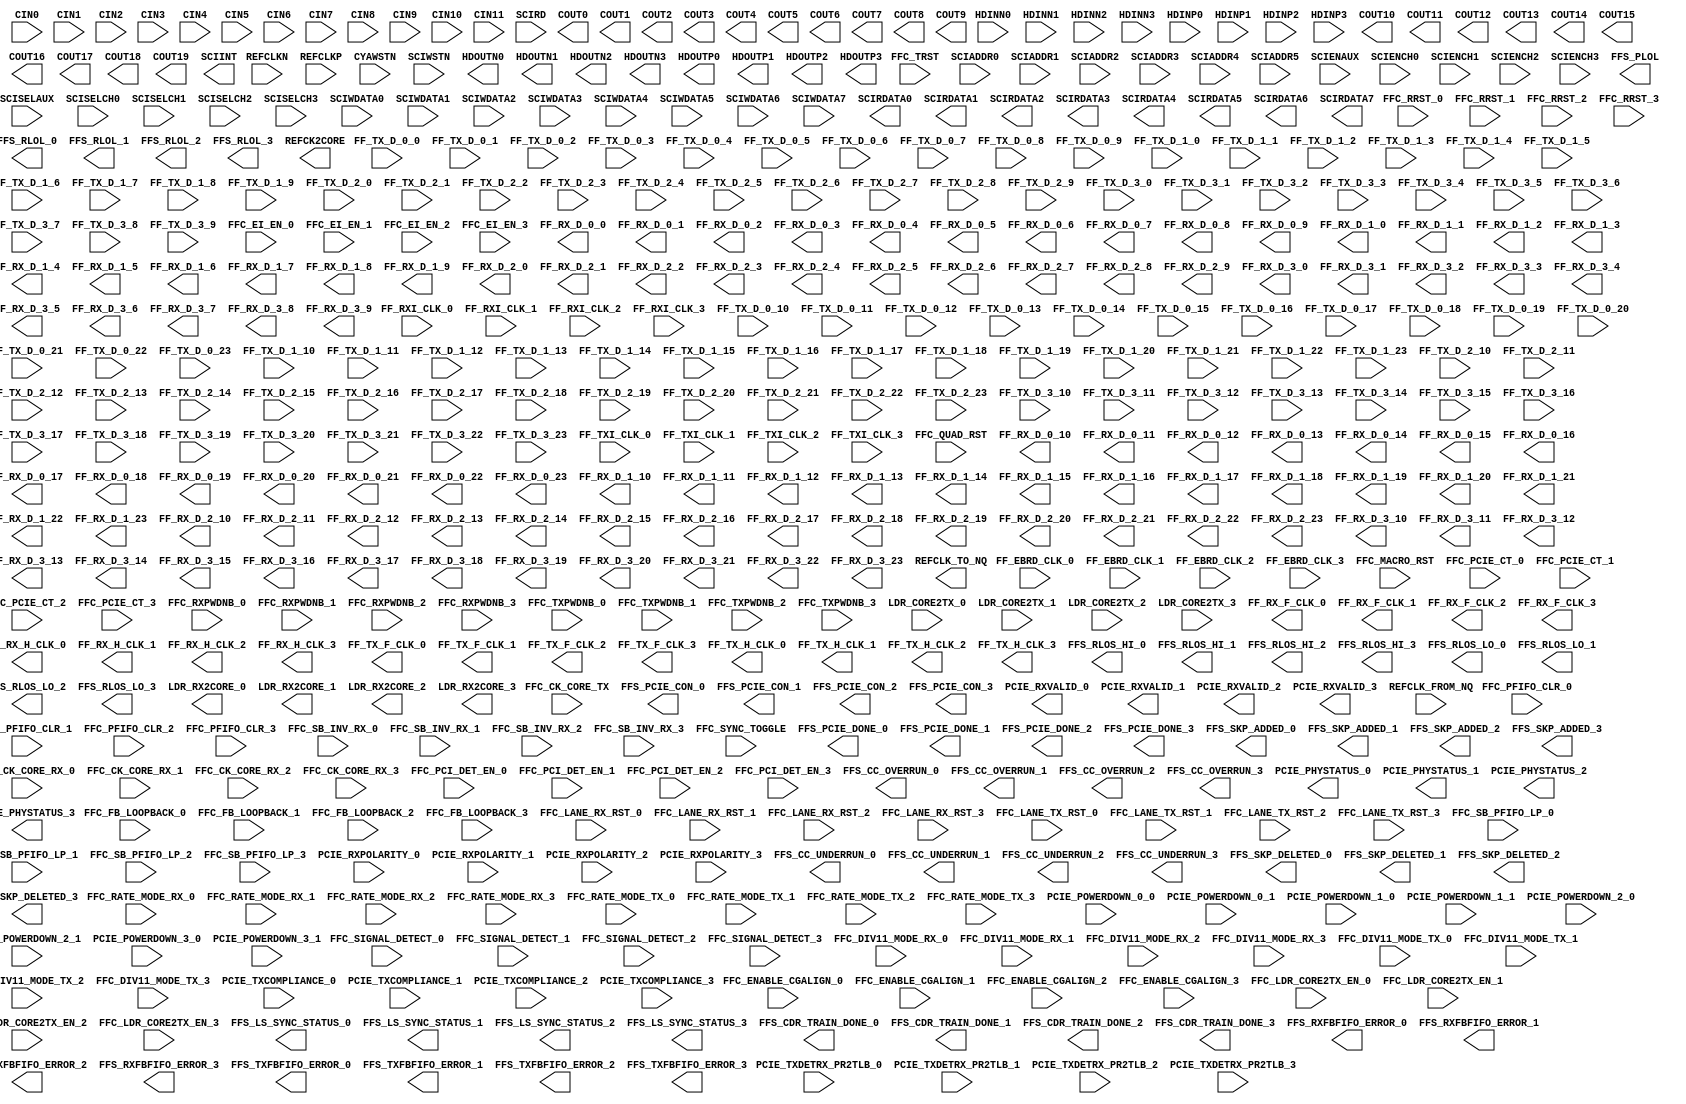
module PCSD (
    HDINN0,
    HDINN1,
    HDINN2,
    HDINN3,
    HDINP0,
    HDINP1,
    HDINP2,
    HDINP3,
    REFCLKN,
    REFCLKP,
    CIN0,
    CIN1,
    CIN2,
    CIN3,
    CIN4,
    CIN5,
    CIN6,
    CIN7,
    CIN8,
    CIN9,
    CIN10,
    CIN11,
    CYAWSTN,
    FF_EBRD_CLK_0,
    FF_EBRD_CLK_1,
    FF_EBRD_CLK_2,
    FF_EBRD_CLK_3,
    FF_RXI_CLK_0,
    FF_RXI_CLK_1,
    FF_RXI_CLK_2,
    FF_RXI_CLK_3,
    FF_TX_D_0_0,
    FF_TX_D_0_1,
    FF_TX_D_0_2,
    FF_TX_D_0_3,
    FF_TX_D_0_4,
    FF_TX_D_0_5,
    FF_TX_D_0_6,
    FF_TX_D_0_7,
    FF_TX_D_0_8,
    FF_TX_D_0_9,
    FF_TX_D_0_10,
    FF_TX_D_0_11,
    FF_TX_D_0_12,
    FF_TX_D_0_13,
    FF_TX_D_0_14,
    FF_TX_D_0_15,
    FF_TX_D_0_16,
    FF_TX_D_0_17,
    FF_TX_D_0_18,
    FF_TX_D_0_19,
    FF_TX_D_0_20,
    FF_TX_D_0_21,
    FF_TX_D_0_22,
    FF_TX_D_0_23,
    FF_TX_D_1_0,
    FF_TX_D_1_1,
    FF_TX_D_1_2,
    FF_TX_D_1_3,
    FF_TX_D_1_4,
    FF_TX_D_1_5,
    FF_TX_D_1_6,
    FF_TX_D_1_7,
    FF_TX_D_1_8,
    FF_TX_D_1_9,
    FF_TX_D_1_10,
    FF_TX_D_1_11,
    FF_TX_D_1_12,
    FF_TX_D_1_13,
    FF_TX_D_1_14,
    FF_TX_D_1_15,
    FF_TX_D_1_16,
    FF_TX_D_1_17,
    FF_TX_D_1_18,
    FF_TX_D_1_19,
    FF_TX_D_1_20,
    FF_TX_D_1_21,
    FF_TX_D_1_22,
    FF_TX_D_1_23,
    FF_TX_D_2_0,
    FF_TX_D_2_1,
    FF_TX_D_2_2,
    FF_TX_D_2_3,
    FF_TX_D_2_4,
    FF_TX_D_2_5,
    FF_TX_D_2_6,
    FF_TX_D_2_7,
    FF_TX_D_2_8,
    FF_TX_D_2_9,
    FF_TX_D_2_10,
    FF_TX_D_2_11,
    FF_TX_D_2_12,
    FF_TX_D_2_13,
    FF_TX_D_2_14,
    FF_TX_D_2_15,
    FF_TX_D_2_16,
    FF_TX_D_2_17,
    FF_TX_D_2_18,
    FF_TX_D_2_19,
    FF_TX_D_2_20,
    FF_TX_D_2_21,
    FF_TX_D_2_22,
    FF_TX_D_2_23,
    FF_TX_D_3_0,
    FF_TX_D_3_1,
    FF_TX_D_3_2,
    FF_TX_D_3_3,
    FF_TX_D_3_4,
    FF_TX_D_3_5,
    FF_TX_D_3_6,
    FF_TX_D_3_7,
    FF_TX_D_3_8,
    FF_TX_D_3_9,
    FF_TX_D_3_10,
    FF_TX_D_3_11,
    FF_TX_D_3_12,
    FF_TX_D_3_13,
    FF_TX_D_3_14,
    FF_TX_D_3_15,
    FF_TX_D_3_16,
    FF_TX_D_3_17,
    FF_TX_D_3_18,
    FF_TX_D_3_19,
    FF_TX_D_3_20,
    FF_TX_D_3_21,
    FF_TX_D_3_22,
    FF_TX_D_3_23,
    FF_TXI_CLK_0,
    FF_TXI_CLK_1,
    FF_TXI_CLK_2,
    FF_TXI_CLK_3,
    FFC_CK_CORE_RX_0,
    FFC_CK_CORE_RX_1,
    FFC_CK_CORE_RX_2,
    FFC_CK_CORE_RX_3,
    FFC_CK_CORE_TX,
    FFC_EI_EN_0,
    FFC_EI_EN_1,
    FFC_EI_EN_2,
    FFC_EI_EN_3,
    FFC_ENABLE_CGALIGN_0,
    FFC_ENABLE_CGALIGN_1,
    FFC_ENABLE_CGALIGN_2,
    FFC_ENABLE_CGALIGN_3,
    FFC_FB_LOOPBACK_0,
    FFC_FB_LOOPBACK_1,
    FFC_FB_LOOPBACK_2,
    FFC_FB_LOOPBACK_3,
    FFC_LANE_RX_RST_0,
    FFC_LANE_RX_RST_1,
    FFC_LANE_RX_RST_2,
    FFC_LANE_RX_RST_3,
    FFC_LANE_TX_RST_0,
    FFC_LANE_TX_RST_1,
    FFC_LANE_TX_RST_2,
    FFC_LANE_TX_RST_3,
    FFC_MACRO_RST,
    FFC_PCI_DET_EN_0,
    FFC_PCI_DET_EN_1,
    FFC_PCI_DET_EN_2,
    FFC_PCI_DET_EN_3,
    FFC_PCIE_CT_0,
    FFC_PCIE_CT_1,
    FFC_PCIE_CT_2,
    FFC_PCIE_CT_3,
    FFC_PFIFO_CLR_0,
    FFC_PFIFO_CLR_1,
    FFC_PFIFO_CLR_2,
    FFC_PFIFO_CLR_3,
    FFC_QUAD_RST,
    FFC_RRST_0,
    FFC_RRST_1,
    FFC_RRST_2,
    FFC_RRST_3,
    FFC_RXPWDNB_0,
    FFC_RXPWDNB_1,
    FFC_RXPWDNB_2,
    FFC_RXPWDNB_3,
    FFC_SB_INV_RX_0,
    FFC_SB_INV_RX_1,
    FFC_SB_INV_RX_2,
    FFC_SB_INV_RX_3,
    FFC_SB_PFIFO_LP_0,
    FFC_SB_PFIFO_LP_1,
    FFC_SB_PFIFO_LP_2,
    FFC_SB_PFIFO_LP_3,
    FFC_SIGNAL_DETECT_0,
    FFC_SIGNAL_DETECT_1,
    FFC_SIGNAL_DETECT_2,
    FFC_SIGNAL_DETECT_3,
    FFC_SYNC_TOGGLE,
    FFC_TRST,
    FFC_TXPWDNB_0,
    FFC_TXPWDNB_1,
    FFC_TXPWDNB_2,
    FFC_TXPWDNB_3,
    FFC_RATE_MODE_RX_0,
    FFC_RATE_MODE_RX_1,
    FFC_RATE_MODE_RX_2,
    FFC_RATE_MODE_RX_3,
    FFC_RATE_MODE_TX_0,
    FFC_RATE_MODE_TX_1,
    FFC_RATE_MODE_TX_2,
    FFC_RATE_MODE_TX_3,
    FFC_DIV11_MODE_RX_0,
    FFC_DIV11_MODE_RX_1,
    FFC_DIV11_MODE_RX_2,
    FFC_DIV11_MODE_RX_3,
    FFC_DIV11_MODE_TX_0,
    FFC_DIV11_MODE_TX_1,
    FFC_DIV11_MODE_TX_2,
    FFC_DIV11_MODE_TX_3,
    LDR_CORE2TX_0,
    LDR_CORE2TX_1,
    LDR_CORE2TX_2,
    LDR_CORE2TX_3,
    FFC_LDR_CORE2TX_EN_0,
    FFC_LDR_CORE2TX_EN_1,
    FFC_LDR_CORE2TX_EN_2,
    FFC_LDR_CORE2TX_EN_3,
    PCIE_POWERDOWN_0_0,
    PCIE_POWERDOWN_0_1,
    PCIE_POWERDOWN_1_0,
    PCIE_POWERDOWN_1_1,
    PCIE_POWERDOWN_2_0,
    PCIE_POWERDOWN_2_1,
    PCIE_POWERDOWN_3_0,
    PCIE_POWERDOWN_3_1,
    PCIE_RXPOLARITY_0,
    PCIE_RXPOLARITY_1,
    PCIE_RXPOLARITY_2,
    PCIE_RXPOLARITY_3,
    PCIE_TXCOMPLIANCE_0,
    PCIE_TXCOMPLIANCE_1,
    PCIE_TXCOMPLIANCE_2,
    PCIE_TXCOMPLIANCE_3,
    PCIE_TXDETRX_PR2TLB_0,
    PCIE_TXDETRX_PR2TLB_1,
    PCIE_TXDETRX_PR2TLB_2,
    PCIE_TXDETRX_PR2TLB_3,
    SCIADDR0,
    SCIADDR1,
    SCIADDR2,
    SCIADDR3,
    SCIADDR4,
    SCIADDR5,
    SCIENAUX,
    SCIENCH0,
    SCIENCH1,
    SCIENCH2,
    SCIENCH3,
    SCIRD,
    SCISELAUX,
    SCISELCH0,
    SCISELCH1,
    SCISELCH2,
    SCISELCH3,
    SCIWDATA0,
    SCIWDATA1,
    SCIWDATA2,
    SCIWDATA3,
    SCIWDATA4,
    SCIWDATA5,
    SCIWDATA6,
    SCIWDATA7,
    SCIWSTN,
    HDOUTN0,
    HDOUTN1,
    HDOUTN2,
    HDOUTN3,
    HDOUTP0,
    HDOUTP1,
    HDOUTP2,
    HDOUTP3,
    COUT0,
    COUT1,
    COUT2,
    COUT3,
    COUT4,
    COUT5,
    COUT6,
    COUT7,
    COUT8,
    COUT9,
    COUT10,
    COUT11,
    COUT12,
    COUT13,
    COUT14,
    COUT15,
    COUT16,
    COUT17,
    COUT18,
    COUT19,
    FF_RX_D_0_0,
    FF_RX_D_0_1,
    FF_RX_D_0_2,
    FF_RX_D_0_3,
    FF_RX_D_0_4,
    FF_RX_D_0_5,
    FF_RX_D_0_6,
    FF_RX_D_0_7,
    FF_RX_D_0_8,
    FF_RX_D_0_9,
    FF_RX_D_0_10,
    FF_RX_D_0_11,
    FF_RX_D_0_12,
    FF_RX_D_0_13,
    FF_RX_D_0_14,
    FF_RX_D_0_15,
    FF_RX_D_0_16,
    FF_RX_D_0_17,
    FF_RX_D_0_18,
    FF_RX_D_0_19,
    FF_RX_D_0_20,
    FF_RX_D_0_21,
    FF_RX_D_0_22,
    FF_RX_D_0_23,
    FF_RX_D_1_0,
    FF_RX_D_1_1,
    FF_RX_D_1_2,
    FF_RX_D_1_3,
    FF_RX_D_1_4,
    FF_RX_D_1_5,
    FF_RX_D_1_6,
    FF_RX_D_1_7,
    FF_RX_D_1_8,
    FF_RX_D_1_9,
    FF_RX_D_1_10,
    FF_RX_D_1_11,
    FF_RX_D_1_12,
    FF_RX_D_1_13,
    FF_RX_D_1_14,
    FF_RX_D_1_15,
    FF_RX_D_1_16,
    FF_RX_D_1_17,
    FF_RX_D_1_18,
    FF_RX_D_1_19,
    FF_RX_D_1_20,
    FF_RX_D_1_21,
    FF_RX_D_1_22,
    FF_RX_D_1_23,
    FF_RX_D_2_0,
    FF_RX_D_2_1,
    FF_RX_D_2_2,
    FF_RX_D_2_3,
    FF_RX_D_2_4,
    FF_RX_D_2_5,
    FF_RX_D_2_6,
    FF_RX_D_2_7,
    FF_RX_D_2_8,
    FF_RX_D_2_9,
    FF_RX_D_2_10,
    FF_RX_D_2_11,
    FF_RX_D_2_12,
    FF_RX_D_2_13,
    FF_RX_D_2_14,
    FF_RX_D_2_15,
    FF_RX_D_2_16,
    FF_RX_D_2_17,
    FF_RX_D_2_18,
    FF_RX_D_2_19,
    FF_RX_D_2_20,
    FF_RX_D_2_21,
    FF_RX_D_2_22,
    FF_RX_D_2_23,
    FF_RX_D_3_0,
    FF_RX_D_3_1,
    FF_RX_D_3_2,
    FF_RX_D_3_3,
    FF_RX_D_3_4,
    FF_RX_D_3_5,
    FF_RX_D_3_6,
    FF_RX_D_3_7,
    FF_RX_D_3_8,
    FF_RX_D_3_9,
    FF_RX_D_3_10,
    FF_RX_D_3_11,
    FF_RX_D_3_12,
    FF_RX_D_3_13,
    FF_RX_D_3_14,
    FF_RX_D_3_15,
    FF_RX_D_3_16,
    FF_RX_D_3_17,
    FF_RX_D_3_18,
    FF_RX_D_3_19,
    FF_RX_D_3_20,
    FF_RX_D_3_21,
    FF_RX_D_3_22,
    FF_RX_D_3_23,
    FF_RX_F_CLK_0,
    FF_RX_F_CLK_1,
    FF_RX_F_CLK_2,
    FF_RX_F_CLK_3,
    FF_RX_H_CLK_0,
    FF_RX_H_CLK_1,
    FF_RX_H_CLK_2,
    FF_RX_H_CLK_3,
    FF_TX_F_CLK_0,
    FF_TX_F_CLK_1,
    FF_TX_F_CLK_2,
    FF_TX_F_CLK_3,
    FF_TX_H_CLK_0,
    FF_TX_H_CLK_1,
    FF_TX_H_CLK_2,
    FF_TX_H_CLK_3,

    FFS_CC_OVERRUN_0,
    FFS_CC_OVERRUN_1,
    FFS_CC_OVERRUN_2,
    FFS_CC_OVERRUN_3,
    FFS_CC_UNDERRUN_0,
    FFS_CC_UNDERRUN_1,
    FFS_CC_UNDERRUN_2,
    FFS_CC_UNDERRUN_3,
    FFS_LS_SYNC_STATUS_0,
    FFS_LS_SYNC_STATUS_1,
    FFS_LS_SYNC_STATUS_2,
    FFS_LS_SYNC_STATUS_3,
    FFS_CDR_TRAIN_DONE_0,
    FFS_CDR_TRAIN_DONE_1,
    FFS_CDR_TRAIN_DONE_2,
    FFS_CDR_TRAIN_DONE_3,
    FFS_PCIE_CON_0,
    FFS_PCIE_CON_1,
    FFS_PCIE_CON_2,
    FFS_PCIE_CON_3,
    FFS_PCIE_DONE_0,
    FFS_PCIE_DONE_1,
    FFS_PCIE_DONE_2,
    FFS_PCIE_DONE_3,
    FFS_PLOL,
    FFS_RLOL_0,
    FFS_RLOL_1,
    FFS_RLOL_2,
    FFS_RLOL_3,
    FFS_RLOS_HI_0,
    FFS_RLOS_HI_1,
    FFS_RLOS_HI_2,
    FFS_RLOS_HI_3,
    FFS_RLOS_LO_0,
    FFS_RLOS_LO_1,
    FFS_RLOS_LO_2,
    FFS_RLOS_LO_3,
    FFS_RXFBFIFO_ERROR_0,
    FFS_RXFBFIFO_ERROR_1,
    FFS_RXFBFIFO_ERROR_2,
    FFS_RXFBFIFO_ERROR_3,
    FFS_TXFBFIFO_ERROR_0,
    FFS_TXFBFIFO_ERROR_1,
    FFS_TXFBFIFO_ERROR_2,
    FFS_TXFBFIFO_ERROR_3,
    PCIE_PHYSTATUS_0,
    PCIE_PHYSTATUS_1,
    PCIE_PHYSTATUS_2,
    PCIE_PHYSTATUS_3,
    PCIE_RXVALID_0,
    PCIE_RXVALID_1,
    PCIE_RXVALID_2,
    PCIE_RXVALID_3,
    FFS_SKP_ADDED_0,
    FFS_SKP_ADDED_1,
    FFS_SKP_ADDED_2,
    FFS_SKP_ADDED_3,
    FFS_SKP_DELETED_0,
    FFS_SKP_DELETED_1,
    FFS_SKP_DELETED_2,
    FFS_SKP_DELETED_3,
    LDR_RX2CORE_0,
    LDR_RX2CORE_1,
    LDR_RX2CORE_2,
    LDR_RX2CORE_3,
    REFCK2CORE,
    SCIINT,
    SCIRDATA0,
    SCIRDATA1,
    SCIRDATA2,
    SCIRDATA3,
    SCIRDATA4,
    SCIRDATA5,
    SCIRDATA6,
    SCIRDATA7,
    REFCLK_FROM_NQ,
    REFCLK_TO_NQ
    ) /* synthesis syn_black_box black_box_pad_pin = "HDINP0, HDINN0, HDINP1, HDINN1, HDINP2, HDINN2, HDINP3, HDINN3, HDOUTP0, HDOUTN0, HDOUTP1, HDOUTN1, HDOUTP2, HDOUTN2, HDOUTP3, HDOUTN3, REFCLKP, REFCLKN" */ ;

input           HDINN0;
input           HDINN1;
input           HDINN2;
input           HDINN3;
input           HDINP0;
input           HDINP1;
input           HDINP2;
input           HDINP3;
input           REFCLKN;
input           REFCLKP;
input           CIN0;
input           CIN1;
input           CIN2;
input           CIN3;
input           CIN4;
input           CIN5;
input           CIN6;
input           CIN7;
input           CIN8;
input           CIN9;
input           CIN10;
input           CIN11;
input           CYAWSTN;
input           FF_EBRD_CLK_0;
input           FF_EBRD_CLK_1;
input           FF_EBRD_CLK_2;
input           FF_EBRD_CLK_3;
input           FF_RXI_CLK_0;
input           FF_RXI_CLK_1;
input           FF_RXI_CLK_2;
input           FF_RXI_CLK_3;
input           FF_TX_D_0_0;
input           FF_TX_D_0_1;
input           FF_TX_D_0_2;
input           FF_TX_D_0_3;
input           FF_TX_D_0_4;
input           FF_TX_D_0_5;
input           FF_TX_D_0_6;
input           FF_TX_D_0_7;
input           FF_TX_D_0_8;
input           FF_TX_D_0_9;
input           FF_TX_D_0_10;
input           FF_TX_D_0_11;
input           FF_TX_D_0_12;
input           FF_TX_D_0_13;
input           FF_TX_D_0_14;
input           FF_TX_D_0_15;
input           FF_TX_D_0_16;
input           FF_TX_D_0_17;
input           FF_TX_D_0_18;
input           FF_TX_D_0_19;
input           FF_TX_D_0_20;
input           FF_TX_D_0_21;
input           FF_TX_D_0_22;
input           FF_TX_D_0_23;
input           FF_TX_D_1_0;
input           FF_TX_D_1_1;
input           FF_TX_D_1_2;
input           FF_TX_D_1_3;
input           FF_TX_D_1_4;
input           FF_TX_D_1_5;
input           FF_TX_D_1_6;
input           FF_TX_D_1_7;
input           FF_TX_D_1_8;
input           FF_TX_D_1_9;
input           FF_TX_D_1_10;
input           FF_TX_D_1_11;
input           FF_TX_D_1_12;
input           FF_TX_D_1_13;
input           FF_TX_D_1_14;
input           FF_TX_D_1_15;
input           FF_TX_D_1_16;
input           FF_TX_D_1_17;
input           FF_TX_D_1_18;
input           FF_TX_D_1_19;
input           FF_TX_D_1_20;
input           FF_TX_D_1_21;
input           FF_TX_D_1_22;
input           FF_TX_D_1_23;
input           FF_TX_D_2_0;
input           FF_TX_D_2_1;
input           FF_TX_D_2_2;
input           FF_TX_D_2_3;
input           FF_TX_D_2_4;
input           FF_TX_D_2_5;
input           FF_TX_D_2_6;
input           FF_TX_D_2_7;
input           FF_TX_D_2_8;
input           FF_TX_D_2_9;
input           FF_TX_D_2_10;
input           FF_TX_D_2_11;
input           FF_TX_D_2_12;
input           FF_TX_D_2_13;
input           FF_TX_D_2_14;
input           FF_TX_D_2_15;
input           FF_TX_D_2_16;
input           FF_TX_D_2_17;
input           FF_TX_D_2_18;
input           FF_TX_D_2_19;
input           FF_TX_D_2_20;
input           FF_TX_D_2_21;
input           FF_TX_D_2_22;
input           FF_TX_D_2_23;
input           FF_TX_D_3_0;
input           FF_TX_D_3_1;
input           FF_TX_D_3_2;
input           FF_TX_D_3_3;
input           FF_TX_D_3_4;
input           FF_TX_D_3_5;
input           FF_TX_D_3_6;
input           FF_TX_D_3_7;
input           FF_TX_D_3_8;
input           FF_TX_D_3_9;
input           FF_TX_D_3_10;
input           FF_TX_D_3_11;
input           FF_TX_D_3_12;
input           FF_TX_D_3_13;
input           FF_TX_D_3_14;
input           FF_TX_D_3_15;
input           FF_TX_D_3_16;
input           FF_TX_D_3_17;
input           FF_TX_D_3_18;
input           FF_TX_D_3_19;
input           FF_TX_D_3_20;
input           FF_TX_D_3_21;
input           FF_TX_D_3_22;
input           FF_TX_D_3_23;
input           FF_TXI_CLK_0;
input           FF_TXI_CLK_1;
input           FF_TXI_CLK_2;
input           FF_TXI_CLK_3;
input           FFC_CK_CORE_RX_0;
input           FFC_CK_CORE_RX_1;
input           FFC_CK_CORE_RX_2;
input           FFC_CK_CORE_RX_3;
input           FFC_CK_CORE_TX;
input           FFC_EI_EN_0;
input           FFC_EI_EN_1;
input           FFC_EI_EN_2;
input           FFC_EI_EN_3;
input           FFC_ENABLE_CGALIGN_0;
input           FFC_ENABLE_CGALIGN_1;
input           FFC_ENABLE_CGALIGN_2;
input           FFC_ENABLE_CGALIGN_3;
input           FFC_FB_LOOPBACK_0;
input           FFC_FB_LOOPBACK_1;
input           FFC_FB_LOOPBACK_2;
input           FFC_FB_LOOPBACK_3;
input           FFC_LANE_RX_RST_0;
input           FFC_LANE_RX_RST_1;
input           FFC_LANE_RX_RST_2;
input           FFC_LANE_RX_RST_3;
input           FFC_LANE_TX_RST_0;
input           FFC_LANE_TX_RST_1;
input           FFC_LANE_TX_RST_2;
input           FFC_LANE_TX_RST_3;
input           FFC_MACRO_RST;
input           FFC_PCI_DET_EN_0;
input           FFC_PCI_DET_EN_1;
input           FFC_PCI_DET_EN_2;
input           FFC_PCI_DET_EN_3;
input           FFC_PCIE_CT_0;
input           FFC_PCIE_CT_1;
input           FFC_PCIE_CT_2;
input           FFC_PCIE_CT_3;
input           FFC_PFIFO_CLR_0;
input           FFC_PFIFO_CLR_1;
input           FFC_PFIFO_CLR_2;
input           FFC_PFIFO_CLR_3;
input           FFC_QUAD_RST;
input           FFC_RRST_0;
input           FFC_RRST_1;
input           FFC_RRST_2;
input           FFC_RRST_3;
input           FFC_RXPWDNB_0;
input           FFC_RXPWDNB_1;
input           FFC_RXPWDNB_2;
input           FFC_RXPWDNB_3;
input           FFC_SB_INV_RX_0;
input           FFC_SB_INV_RX_1;
input           FFC_SB_INV_RX_2;
input           FFC_SB_INV_RX_3;
input           FFC_SB_PFIFO_LP_0;
input           FFC_SB_PFIFO_LP_1;
input           FFC_SB_PFIFO_LP_2;
input           FFC_SB_PFIFO_LP_3;
input           FFC_SIGNAL_DETECT_0;
input           FFC_SIGNAL_DETECT_1;
input           FFC_SIGNAL_DETECT_2;
input           FFC_SIGNAL_DETECT_3;
input           FFC_SYNC_TOGGLE;
input           FFC_TRST;
input           FFC_TXPWDNB_0;
input           FFC_TXPWDNB_1;
input           FFC_TXPWDNB_2;
input           FFC_TXPWDNB_3;
input           FFC_RATE_MODE_RX_0;
input           FFC_RATE_MODE_RX_1;
input           FFC_RATE_MODE_RX_2;
input           FFC_RATE_MODE_RX_3;
input           FFC_RATE_MODE_TX_0;
input           FFC_RATE_MODE_TX_1;
input           FFC_RATE_MODE_TX_2;
input           FFC_RATE_MODE_TX_3;
input           FFC_DIV11_MODE_RX_0;
input           FFC_DIV11_MODE_RX_1;
input           FFC_DIV11_MODE_RX_2;
input           FFC_DIV11_MODE_RX_3;
input           FFC_DIV11_MODE_TX_0;
input           FFC_DIV11_MODE_TX_1;
input           FFC_DIV11_MODE_TX_2;
input           FFC_DIV11_MODE_TX_3;
input           LDR_CORE2TX_0;
input           LDR_CORE2TX_1;
input           LDR_CORE2TX_2;
input           LDR_CORE2TX_3;
input           FFC_LDR_CORE2TX_EN_0;
input           FFC_LDR_CORE2TX_EN_1;
input           FFC_LDR_CORE2TX_EN_2;
input           FFC_LDR_CORE2TX_EN_3;
input           PCIE_POWERDOWN_0_0;
input           PCIE_POWERDOWN_0_1;
input           PCIE_POWERDOWN_1_0;
input           PCIE_POWERDOWN_1_1;
input           PCIE_POWERDOWN_2_0;
input           PCIE_POWERDOWN_2_1;
input           PCIE_POWERDOWN_3_0;
input           PCIE_POWERDOWN_3_1;
input           PCIE_RXPOLARITY_0;
input           PCIE_RXPOLARITY_1;
input           PCIE_RXPOLARITY_2;
input           PCIE_RXPOLARITY_3;
input           PCIE_TXCOMPLIANCE_0;
input           PCIE_TXCOMPLIANCE_1;
input           PCIE_TXCOMPLIANCE_2;
input           PCIE_TXCOMPLIANCE_3;
input           PCIE_TXDETRX_PR2TLB_0;
input           PCIE_TXDETRX_PR2TLB_1;
input           PCIE_TXDETRX_PR2TLB_2;
input           PCIE_TXDETRX_PR2TLB_3;
input           SCIADDR0;
input           SCIADDR1;
input           SCIADDR2;
input           SCIADDR3;
input           SCIADDR4;
input           SCIADDR5;
input           SCIENAUX;
input           SCIENCH0;
input           SCIENCH1;
input           SCIENCH2;
input           SCIENCH3;
input           SCIRD;
input           SCISELAUX;
input           SCISELCH0;
input           SCISELCH1;
input           SCISELCH2;
input           SCISELCH3;
input           SCIWDATA0;
input           SCIWDATA1;
input           SCIWDATA2;
input           SCIWDATA3;
input           SCIWDATA4;
input           SCIWDATA5;
input           SCIWDATA6;
input           SCIWDATA7;
input           SCIWSTN;
input           REFCLK_FROM_NQ;

output          HDOUTN0;
output          HDOUTN1;
output          HDOUTN2;
output          HDOUTN3;
output          HDOUTP0;
output          HDOUTP1;
output          HDOUTP2;
output          HDOUTP3;
output          COUT0;
output          COUT1;
output          COUT2;
output          COUT3;
output          COUT4;
output          COUT5;
output          COUT6;
output          COUT7;
output          COUT8;
output          COUT9;
output          COUT10;
output          COUT11;
output          COUT12;
output          COUT13;
output          COUT14;
output          COUT15;
output          COUT16;
output          COUT17;
output          COUT18;
output          COUT19;
output          FF_RX_D_0_0;
output          FF_RX_D_0_1;
output          FF_RX_D_0_2;
output          FF_RX_D_0_3;
output          FF_RX_D_0_4;
output          FF_RX_D_0_5;
output          FF_RX_D_0_6;
output          FF_RX_D_0_7;
output          FF_RX_D_0_8;
output          FF_RX_D_0_9;
output          FF_RX_D_0_10;
output          FF_RX_D_0_11;
output          FF_RX_D_0_12;
output          FF_RX_D_0_13;
output          FF_RX_D_0_14;
output          FF_RX_D_0_15;
output          FF_RX_D_0_16;
output          FF_RX_D_0_17;
output          FF_RX_D_0_18;
output          FF_RX_D_0_19;
output          FF_RX_D_0_20;
output          FF_RX_D_0_21;
output          FF_RX_D_0_22;
output          FF_RX_D_0_23;
output          FF_RX_D_1_0;
output          FF_RX_D_1_1;
output          FF_RX_D_1_2;
output          FF_RX_D_1_3;
output          FF_RX_D_1_4;
output          FF_RX_D_1_5;
output          FF_RX_D_1_6;
output          FF_RX_D_1_7;
output          FF_RX_D_1_8;
output          FF_RX_D_1_9;
output          FF_RX_D_1_10;
output          FF_RX_D_1_11;
output          FF_RX_D_1_12;
output          FF_RX_D_1_13;
output          FF_RX_D_1_14;
output          FF_RX_D_1_15;
output          FF_RX_D_1_16;
output          FF_RX_D_1_17;
output          FF_RX_D_1_18;
output          FF_RX_D_1_19;
output          FF_RX_D_1_20;
output          FF_RX_D_1_21;
output          FF_RX_D_1_22;
output          FF_RX_D_1_23;
output          FF_RX_D_2_0;
output          FF_RX_D_2_1;
output          FF_RX_D_2_2;
output          FF_RX_D_2_3;
output          FF_RX_D_2_4;
output          FF_RX_D_2_5;
output          FF_RX_D_2_6;
output          FF_RX_D_2_7;
output          FF_RX_D_2_8;
output          FF_RX_D_2_9;
output          FF_RX_D_2_10;
output          FF_RX_D_2_11;
output          FF_RX_D_2_12;
output          FF_RX_D_2_13;
output          FF_RX_D_2_14;
output          FF_RX_D_2_15;
output          FF_RX_D_2_16;
output          FF_RX_D_2_17;
output          FF_RX_D_2_18;
output          FF_RX_D_2_19;
output          FF_RX_D_2_20;
output          FF_RX_D_2_21;
output          FF_RX_D_2_22;
output          FF_RX_D_2_23;
output          FF_RX_D_3_0;
output          FF_RX_D_3_1;
output          FF_RX_D_3_2;
output          FF_RX_D_3_3;
output          FF_RX_D_3_4;
output          FF_RX_D_3_5;
output          FF_RX_D_3_6;
output          FF_RX_D_3_7;
output          FF_RX_D_3_8;
output          FF_RX_D_3_9;
output          FF_RX_D_3_10;
output          FF_RX_D_3_11;
output          FF_RX_D_3_12;
output          FF_RX_D_3_13;
output          FF_RX_D_3_14;
output          FF_RX_D_3_15;
output          FF_RX_D_3_16;
output          FF_RX_D_3_17;
output          FF_RX_D_3_18;
output          FF_RX_D_3_19;
output          FF_RX_D_3_20;
output          FF_RX_D_3_21;
output          FF_RX_D_3_22;
output          FF_RX_D_3_23;
output          FF_RX_F_CLK_0;
output          FF_RX_F_CLK_1;
output          FF_RX_F_CLK_2;
output          FF_RX_F_CLK_3;
output          FF_RX_H_CLK_0;
output          FF_RX_H_CLK_1;
output          FF_RX_H_CLK_2;
output          FF_RX_H_CLK_3;
output          FF_TX_F_CLK_0;
output          FF_TX_F_CLK_1;
output          FF_TX_F_CLK_2;
output          FF_TX_F_CLK_3;
output          FF_TX_H_CLK_0;
output          FF_TX_H_CLK_1;
output          FF_TX_H_CLK_2;
output          FF_TX_H_CLK_3;
output          FFS_CC_OVERRUN_0;
output          FFS_CC_OVERRUN_1;
output          FFS_CC_OVERRUN_2;
output          FFS_CC_OVERRUN_3;
output          FFS_CC_UNDERRUN_0;
output          FFS_CC_UNDERRUN_1;
output          FFS_CC_UNDERRUN_2;
output          FFS_CC_UNDERRUN_3;
output          FFS_LS_SYNC_STATUS_0;
output          FFS_LS_SYNC_STATUS_1;
output          FFS_LS_SYNC_STATUS_2;
output          FFS_LS_SYNC_STATUS_3;
output          FFS_CDR_TRAIN_DONE_0;
output          FFS_CDR_TRAIN_DONE_1;
output          FFS_CDR_TRAIN_DONE_2;
output          FFS_CDR_TRAIN_DONE_3;
output          FFS_PCIE_CON_0;
output          FFS_PCIE_CON_1;
output          FFS_PCIE_CON_2;
output          FFS_PCIE_CON_3;
output          FFS_PCIE_DONE_0;
output          FFS_PCIE_DONE_1;
output          FFS_PCIE_DONE_2;
output          FFS_PCIE_DONE_3;
output          FFS_PLOL;
output          FFS_RLOL_0;
output          FFS_RLOL_1;
output          FFS_RLOL_2;
output          FFS_RLOL_3;
output          FFS_RLOS_HI_0;
output          FFS_RLOS_HI_1;
output          FFS_RLOS_HI_2;
output          FFS_RLOS_HI_3;
output          FFS_RLOS_LO_0;
output          FFS_RLOS_LO_1;
output          FFS_RLOS_LO_2;
output          FFS_RLOS_LO_3;
output          FFS_RXFBFIFO_ERROR_0;
output          FFS_RXFBFIFO_ERROR_1;
output          FFS_RXFBFIFO_ERROR_2;
output          FFS_RXFBFIFO_ERROR_3;
output          FFS_TXFBFIFO_ERROR_0;
output          FFS_TXFBFIFO_ERROR_1;
output          FFS_TXFBFIFO_ERROR_2;
output          FFS_TXFBFIFO_ERROR_3;
output          PCIE_PHYSTATUS_0;
output          PCIE_PHYSTATUS_1;
output          PCIE_PHYSTATUS_2;
output          PCIE_PHYSTATUS_3;
output          PCIE_RXVALID_0;
output          PCIE_RXVALID_1;
output          PCIE_RXVALID_2;
output          PCIE_RXVALID_3;
output          FFS_SKP_ADDED_0;
output          FFS_SKP_ADDED_1;
output          FFS_SKP_ADDED_2;
output          FFS_SKP_ADDED_3;
output          FFS_SKP_DELETED_0;
output          FFS_SKP_DELETED_1;
output          FFS_SKP_DELETED_2;
output          FFS_SKP_DELETED_3;
output          LDR_RX2CORE_0;
output          LDR_RX2CORE_1;
output          LDR_RX2CORE_2;
output          LDR_RX2CORE_3;
output          REFCK2CORE;
output          SCIINT;
output          SCIRDATA0;
output          SCIRDATA1;
output          SCIRDATA2;
output          SCIRDATA3;
output          SCIRDATA4;
output          SCIRDATA5;
output          SCIRDATA6;
output          SCIRDATA7;
output          REFCLK_TO_NQ;

//synopsys translate_off

parameter CONFIG_FILE = "configfile.txt";
parameter QUAD_MODE = "SINGLE";
parameter PLL_SRC = "REFCLK_EXT";
parameter CH0_CDR_SRC = "REFCLK_EXT";
parameter CH1_CDR_SRC = "REFCLK_EXT";
parameter CH2_CDR_SRC = "REFCLK_EXT";
parameter CH3_CDR_SRC = "REFCLK_EXT";

  defparam PCSD_sim_inst.CONFIG_FILE = CONFIG_FILE;
  defparam PCSD_sim_inst.QUAD_MODE = QUAD_MODE;
  defparam PCSD_sim_inst.PLL_SRC = PLL_SRC;
  defparam PCSD_sim_inst.CH0_CDR_SRC = CH0_CDR_SRC;
  defparam PCSD_sim_inst.CH1_CDR_SRC = CH1_CDR_SRC;
  defparam PCSD_sim_inst.CH2_CDR_SRC = CH2_CDR_SRC;
  defparam PCSD_sim_inst.CH3_CDR_SRC = CH3_CDR_SRC;

 PCSD_sim PCSD_sim_inst (
   .HDINN0(HDINN0),
   .HDINN1(HDINN1),
   .HDINN2(HDINN2),
   .HDINN3(HDINN3),
   .HDINP0(HDINP0),
   .HDINP1(HDINP1),
   .HDINP2(HDINP2),
   .HDINP3(HDINP3),
   .REFCLKN(REFCLKN),
   .REFCLKP(REFCLKP),
   .CIN11(CIN11),
   .CIN10(CIN10),
   .CIN9(CIN9),
   .CIN8(CIN8),
   .CIN7(CIN7),
   .CIN6(CIN6),
   .CIN5(CIN5),
   .CIN4(CIN4),
   .CIN3(CIN3),
   .CIN2(CIN2),
   .CIN1(CIN1),
   .CIN0(CIN0),
   .CYAWSTN(CYAWSTN),
   .FF_EBRD_CLK_3(FF_EBRD_CLK_3),
   .FF_EBRD_CLK_2(FF_EBRD_CLK_2),
   .FF_EBRD_CLK_1(FF_EBRD_CLK_1),
   .FF_EBRD_CLK_0(FF_EBRD_CLK_0),
   .FF_RXI_CLK_3(FF_RXI_CLK_3),
   .FF_RXI_CLK_2(FF_RXI_CLK_2),
   .FF_RXI_CLK_1(FF_RXI_CLK_1),
   .FF_RXI_CLK_0(FF_RXI_CLK_0),
   .FF_TX_D_0_0(FF_TX_D_0_0),
   .FF_TX_D_0_1(FF_TX_D_0_1),
   .FF_TX_D_0_2(FF_TX_D_0_2),
   .FF_TX_D_0_3(FF_TX_D_0_3),
   .FF_TX_D_0_4(FF_TX_D_0_4),
   .FF_TX_D_0_5(FF_TX_D_0_5),
   .FF_TX_D_0_6(FF_TX_D_0_6),
   .FF_TX_D_0_7(FF_TX_D_0_7),
   .FF_TX_D_0_8(FF_TX_D_0_8),
   .FF_TX_D_0_9(FF_TX_D_0_9),
   .FF_TX_D_0_10(FF_TX_D_0_10),
   .FF_TX_D_0_11(FF_TX_D_0_11),
   .FF_TX_D_0_12(FF_TX_D_0_12),
   .FF_TX_D_0_13(FF_TX_D_0_13),
   .FF_TX_D_0_14(FF_TX_D_0_14),
   .FF_TX_D_0_15(FF_TX_D_0_15),
   .FF_TX_D_0_16(FF_TX_D_0_16),
   .FF_TX_D_0_17(FF_TX_D_0_17),
   .FF_TX_D_0_18(FF_TX_D_0_18),
   .FF_TX_D_0_19(FF_TX_D_0_19),
   .FF_TX_D_0_20(FF_TX_D_0_20),
   .FF_TX_D_0_21(FF_TX_D_0_21),
   .FF_TX_D_0_22(FF_TX_D_0_22),
   .FF_TX_D_0_23(FF_TX_D_0_23),
   .FF_TX_D_1_0(FF_TX_D_1_0),
   .FF_TX_D_1_1(FF_TX_D_1_1),
   .FF_TX_D_1_2(FF_TX_D_1_2),
   .FF_TX_D_1_3(FF_TX_D_1_3),
   .FF_TX_D_1_4(FF_TX_D_1_4),
   .FF_TX_D_1_5(FF_TX_D_1_5),
   .FF_TX_D_1_6(FF_TX_D_1_6),
   .FF_TX_D_1_7(FF_TX_D_1_7),
   .FF_TX_D_1_8(FF_TX_D_1_8),
   .FF_TX_D_1_9(FF_TX_D_1_9),
   .FF_TX_D_1_10(FF_TX_D_1_10),
   .FF_TX_D_1_11(FF_TX_D_1_11),
   .FF_TX_D_1_12(FF_TX_D_1_12),
   .FF_TX_D_1_13(FF_TX_D_1_13),
   .FF_TX_D_1_14(FF_TX_D_1_14),
   .FF_TX_D_1_15(FF_TX_D_1_15),
   .FF_TX_D_1_16(FF_TX_D_1_16),
   .FF_TX_D_1_17(FF_TX_D_1_17),
   .FF_TX_D_1_18(FF_TX_D_1_18),
   .FF_TX_D_1_19(FF_TX_D_1_19),
   .FF_TX_D_1_20(FF_TX_D_1_20),
   .FF_TX_D_1_21(FF_TX_D_1_21),
   .FF_TX_D_1_22(FF_TX_D_1_22),
   .FF_TX_D_1_23(FF_TX_D_1_23),
   .FF_TX_D_2_0(FF_TX_D_2_0),
   .FF_TX_D_2_1(FF_TX_D_2_1),
   .FF_TX_D_2_2(FF_TX_D_2_2),
   .FF_TX_D_2_3(FF_TX_D_2_3),
   .FF_TX_D_2_4(FF_TX_D_2_4),
   .FF_TX_D_2_5(FF_TX_D_2_5),
   .FF_TX_D_2_6(FF_TX_D_2_6),
   .FF_TX_D_2_7(FF_TX_D_2_7),
   .FF_TX_D_2_8(FF_TX_D_2_8),
   .FF_TX_D_2_9(FF_TX_D_2_9),
   .FF_TX_D_2_10(FF_TX_D_2_10),
   .FF_TX_D_2_11(FF_TX_D_2_11),
   .FF_TX_D_2_12(FF_TX_D_2_12),
   .FF_TX_D_2_13(FF_TX_D_2_13),
   .FF_TX_D_2_14(FF_TX_D_2_14),
   .FF_TX_D_2_15(FF_TX_D_2_15),
   .FF_TX_D_2_16(FF_TX_D_2_16),
   .FF_TX_D_2_17(FF_TX_D_2_17),
   .FF_TX_D_2_18(FF_TX_D_2_18),
   .FF_TX_D_2_19(FF_TX_D_2_19),
   .FF_TX_D_2_20(FF_TX_D_2_20),
   .FF_TX_D_2_21(FF_TX_D_2_21),
   .FF_TX_D_2_22(FF_TX_D_2_22),
   .FF_TX_D_2_23(FF_TX_D_2_23),
   .FF_TX_D_3_0(FF_TX_D_3_0),
   .FF_TX_D_3_1(FF_TX_D_3_1),
   .FF_TX_D_3_2(FF_TX_D_3_2),
   .FF_TX_D_3_3(FF_TX_D_3_3),
   .FF_TX_D_3_4(FF_TX_D_3_4),
   .FF_TX_D_3_5(FF_TX_D_3_5),
   .FF_TX_D_3_6(FF_TX_D_3_6),
   .FF_TX_D_3_7(FF_TX_D_3_7),
   .FF_TX_D_3_8(FF_TX_D_3_8),
   .FF_TX_D_3_9(FF_TX_D_3_9),
   .FF_TX_D_3_10(FF_TX_D_3_10),
   .FF_TX_D_3_11(FF_TX_D_3_11),
   .FF_TX_D_3_12(FF_TX_D_3_12),
   .FF_TX_D_3_13(FF_TX_D_3_13),
   .FF_TX_D_3_14(FF_TX_D_3_14),
   .FF_TX_D_3_15(FF_TX_D_3_15),
   .FF_TX_D_3_16(FF_TX_D_3_16),
   .FF_TX_D_3_17(FF_TX_D_3_17),
   .FF_TX_D_3_18(FF_TX_D_3_18),
   .FF_TX_D_3_19(FF_TX_D_3_19),
   .FF_TX_D_3_20(FF_TX_D_3_20),
   .FF_TX_D_3_21(FF_TX_D_3_21),
   .FF_TX_D_3_22(FF_TX_D_3_22),
   .FF_TX_D_3_23(FF_TX_D_3_23),
   .FF_TXI_CLK_0(FF_TXI_CLK_0),
   .FF_TXI_CLK_1(FF_TXI_CLK_1),
   .FF_TXI_CLK_2(FF_TXI_CLK_2),
   .FF_TXI_CLK_3(FF_TXI_CLK_3),
   .FFC_CK_CORE_RX_0(FFC_CK_CORE_RX_0),
   .FFC_CK_CORE_RX_1(FFC_CK_CORE_RX_1),
   .FFC_CK_CORE_RX_2(FFC_CK_CORE_RX_2),
   .FFC_CK_CORE_RX_3(FFC_CK_CORE_RX_3),
   .FFC_CK_CORE_TX(FFC_CK_CORE_TX),
   .FFC_EI_EN_0(FFC_EI_EN_0),
   .FFC_EI_EN_1(FFC_EI_EN_1),
   .FFC_EI_EN_2(FFC_EI_EN_2),
   .FFC_EI_EN_3(FFC_EI_EN_3),
   .FFC_ENABLE_CGALIGN_0(FFC_ENABLE_CGALIGN_0),
   .FFC_ENABLE_CGALIGN_1(FFC_ENABLE_CGALIGN_1),
   .FFC_ENABLE_CGALIGN_2(FFC_ENABLE_CGALIGN_2),
   .FFC_ENABLE_CGALIGN_3(FFC_ENABLE_CGALIGN_3),
   .FFC_FB_LOOPBACK_0(FFC_FB_LOOPBACK_0),
   .FFC_FB_LOOPBACK_1(FFC_FB_LOOPBACK_1),
   .FFC_FB_LOOPBACK_2(FFC_FB_LOOPBACK_2),
   .FFC_FB_LOOPBACK_3(FFC_FB_LOOPBACK_3),
   .FFC_LANE_RX_RST_0(FFC_LANE_RX_RST_0),
   .FFC_LANE_RX_RST_1(FFC_LANE_RX_RST_1),
   .FFC_LANE_RX_RST_2(FFC_LANE_RX_RST_2),
   .FFC_LANE_RX_RST_3(FFC_LANE_RX_RST_3),
   .FFC_LANE_TX_RST_0(FFC_LANE_TX_RST_0),
   .FFC_LANE_TX_RST_1(FFC_LANE_TX_RST_1),
   .FFC_LANE_TX_RST_2(FFC_LANE_TX_RST_2),
   .FFC_LANE_TX_RST_3(FFC_LANE_TX_RST_3),
   .FFC_MACRO_RST(FFC_MACRO_RST),
   .FFC_PCI_DET_EN_0(FFC_PCI_DET_EN_0),
   .FFC_PCI_DET_EN_1(FFC_PCI_DET_EN_1),
   .FFC_PCI_DET_EN_2(FFC_PCI_DET_EN_2),
   .FFC_PCI_DET_EN_3(FFC_PCI_DET_EN_3),
   .FFC_PCIE_CT_0(FFC_PCIE_CT_0),
   .FFC_PCIE_CT_1(FFC_PCIE_CT_1),
   .FFC_PCIE_CT_2(FFC_PCIE_CT_2),
   .FFC_PCIE_CT_3(FFC_PCIE_CT_3),
   .FFC_PFIFO_CLR_0(FFC_PFIFO_CLR_0),
   .FFC_PFIFO_CLR_1(FFC_PFIFO_CLR_1),
   .FFC_PFIFO_CLR_2(FFC_PFIFO_CLR_2),
   .FFC_PFIFO_CLR_3(FFC_PFIFO_CLR_3),
   .FFC_QUAD_RST(FFC_QUAD_RST),
   .FFC_RRST_0(FFC_RRST_0),
   .FFC_RRST_1(FFC_RRST_1),
   .FFC_RRST_2(FFC_RRST_2),
   .FFC_RRST_3(FFC_RRST_3),
   .FFC_RXPWDNB_0(FFC_RXPWDNB_0),
   .FFC_RXPWDNB_1(FFC_RXPWDNB_1),
   .FFC_RXPWDNB_2(FFC_RXPWDNB_2),
   .FFC_RXPWDNB_3(FFC_RXPWDNB_3),
   .FFC_SB_INV_RX_0(FFC_SB_INV_RX_0),
   .FFC_SB_INV_RX_1(FFC_SB_INV_RX_1),
   .FFC_SB_INV_RX_2(FFC_SB_INV_RX_2),
   .FFC_SB_INV_RX_3(FFC_SB_INV_RX_3),
   .FFC_SB_PFIFO_LP_0(FFC_SB_PFIFO_LP_0),
   .FFC_SB_PFIFO_LP_1(FFC_SB_PFIFO_LP_1),
   .FFC_SB_PFIFO_LP_2(FFC_SB_PFIFO_LP_2),
   .FFC_SB_PFIFO_LP_3(FFC_SB_PFIFO_LP_3),
   .FFC_SIGNAL_DETECT_0(FFC_SIGNAL_DETECT_0),
   .FFC_SIGNAL_DETECT_1(FFC_SIGNAL_DETECT_1),
   .FFC_SIGNAL_DETECT_2(FFC_SIGNAL_DETECT_2),
   .FFC_SIGNAL_DETECT_3(FFC_SIGNAL_DETECT_3),
   .FFC_SYNC_TOGGLE(FFC_SYNC_TOGGLE),
   .FFC_TRST(FFC_TRST),
   .FFC_TXPWDNB_0(FFC_TXPWDNB_0),
   .FFC_TXPWDNB_1(FFC_TXPWDNB_1),
   .FFC_TXPWDNB_2(FFC_TXPWDNB_2),
   .FFC_TXPWDNB_3(FFC_TXPWDNB_3),
   .FFC_RATE_MODE_RX_0(FFC_RATE_MODE_RX_0),
   .FFC_RATE_MODE_RX_1(FFC_RATE_MODE_RX_1),
   .FFC_RATE_MODE_RX_2(FFC_RATE_MODE_RX_2),
   .FFC_RATE_MODE_RX_3(FFC_RATE_MODE_RX_3),
   .FFC_RATE_MODE_TX_0(FFC_RATE_MODE_TX_0),
   .FFC_RATE_MODE_TX_1(FFC_RATE_MODE_TX_1),
   .FFC_RATE_MODE_TX_2(FFC_RATE_MODE_TX_2),
   .FFC_RATE_MODE_TX_3(FFC_RATE_MODE_TX_3),
   .FFC_DIV11_MODE_RX_0(FFC_DIV11_MODE_RX_0),
   .FFC_DIV11_MODE_RX_1(FFC_DIV11_MODE_RX_1),
   .FFC_DIV11_MODE_RX_2(FFC_DIV11_MODE_RX_2),
   .FFC_DIV11_MODE_RX_3(FFC_DIV11_MODE_RX_3),
   .FFC_DIV11_MODE_TX_0(FFC_DIV11_MODE_TX_0),
   .FFC_DIV11_MODE_TX_1(FFC_DIV11_MODE_TX_1),
   .FFC_DIV11_MODE_TX_2(FFC_DIV11_MODE_TX_2),
   .FFC_DIV11_MODE_TX_3(FFC_DIV11_MODE_TX_3),
   .LDR_CORE2TX_0(LDR_CORE2TX_0),
   .LDR_CORE2TX_1(LDR_CORE2TX_1),
   .LDR_CORE2TX_2(LDR_CORE2TX_2),
   .LDR_CORE2TX_3(LDR_CORE2TX_3),
   .FFC_LDR_CORE2TX_EN_0(FFC_LDR_CORE2TX_EN_0),
   .FFC_LDR_CORE2TX_EN_1(FFC_LDR_CORE2TX_EN_1),
   .FFC_LDR_CORE2TX_EN_2(FFC_LDR_CORE2TX_EN_2),
   .FFC_LDR_CORE2TX_EN_3(FFC_LDR_CORE2TX_EN_3),
   .PCIE_POWERDOWN_0_0(PCIE_POWERDOWN_0_0),
   .PCIE_POWERDOWN_0_1(PCIE_POWERDOWN_0_1),
   .PCIE_POWERDOWN_1_0(PCIE_POWERDOWN_1_0),
   .PCIE_POWERDOWN_1_1(PCIE_POWERDOWN_1_1),
   .PCIE_POWERDOWN_2_0(PCIE_POWERDOWN_2_0),
   .PCIE_POWERDOWN_2_1(PCIE_POWERDOWN_2_1),
   .PCIE_POWERDOWN_3_0(PCIE_POWERDOWN_3_0),
   .PCIE_POWERDOWN_3_1(PCIE_POWERDOWN_3_1),
   .PCIE_RXPOLARITY_0(PCIE_RXPOLARITY_0),
   .PCIE_RXPOLARITY_1(PCIE_RXPOLARITY_1),
   .PCIE_RXPOLARITY_2(PCIE_RXPOLARITY_2),
   .PCIE_RXPOLARITY_3(PCIE_RXPOLARITY_3),
   .PCIE_TXCOMPLIANCE_0(PCIE_TXCOMPLIANCE_0),
   .PCIE_TXCOMPLIANCE_1(PCIE_TXCOMPLIANCE_1),
   .PCIE_TXCOMPLIANCE_2(PCIE_TXCOMPLIANCE_2),
   .PCIE_TXCOMPLIANCE_3(PCIE_TXCOMPLIANCE_3),
   .PCIE_TXDETRX_PR2TLB_0(PCIE_TXDETRX_PR2TLB_0),
   .PCIE_TXDETRX_PR2TLB_1(PCIE_TXDETRX_PR2TLB_1),
   .PCIE_TXDETRX_PR2TLB_2(PCIE_TXDETRX_PR2TLB_2),
   .PCIE_TXDETRX_PR2TLB_3(PCIE_TXDETRX_PR2TLB_3),
   .SCIADDR0(SCIADDR0),
   .SCIADDR1(SCIADDR1),
   .SCIADDR2(SCIADDR2),
   .SCIADDR3(SCIADDR3),
   .SCIADDR4(SCIADDR4),
   .SCIADDR5(SCIADDR5),
   .SCIENAUX(SCIENAUX),
   .SCIENCH0(SCIENCH0),
   .SCIENCH1(SCIENCH1),
   .SCIENCH2(SCIENCH2),
   .SCIENCH3(SCIENCH3),
   .SCIRD(SCIRD),
   .SCISELAUX(SCISELAUX),
   .SCISELCH0(SCISELCH0),
   .SCISELCH1(SCISELCH1),
   .SCISELCH2(SCISELCH2),
   .SCISELCH3(SCISELCH3),
   .SCIWDATA0(SCIWDATA0),
   .SCIWDATA1(SCIWDATA1),
   .SCIWDATA2(SCIWDATA2),
   .SCIWDATA3(SCIWDATA3),
   .SCIWDATA4(SCIWDATA4),
   .SCIWDATA5(SCIWDATA5),
   .SCIWDATA6(SCIWDATA6),
   .SCIWDATA7(SCIWDATA7),
   .SCIWSTN(SCIWSTN),
   .HDOUTN0(HDOUTN0),
   .HDOUTN1(HDOUTN1),
   .HDOUTN2(HDOUTN2),
   .HDOUTN3(HDOUTN3),
   .HDOUTP0(HDOUTP0),
   .HDOUTP1(HDOUTP1),
   .HDOUTP2(HDOUTP2),
   .HDOUTP3(HDOUTP3),
   .COUT19(COUT19),
   .COUT18(COUT18),
   .COUT17(COUT17),
   .COUT16(COUT16),
   .COUT15(COUT15),
   .COUT14(COUT14),
   .COUT13(COUT13),
   .COUT12(COUT12),
   .COUT11(COUT11),
   .COUT10(COUT10),
   .COUT9(COUT9),
   .COUT8(COUT8),
   .COUT7(COUT7),
   .COUT6(COUT6),
   .COUT5(COUT5),
   .COUT4(COUT4),
   .COUT3(COUT3),
   .COUT2(COUT2),
   .COUT1(COUT1),
   .COUT0(COUT0),
   .FF_RX_D_0_0(FF_RX_D_0_0),
   .FF_RX_D_0_1(FF_RX_D_0_1),
   .FF_RX_D_0_2(FF_RX_D_0_2),
   .FF_RX_D_0_3(FF_RX_D_0_3),
   .FF_RX_D_0_4(FF_RX_D_0_4),
   .FF_RX_D_0_5(FF_RX_D_0_5),
   .FF_RX_D_0_6(FF_RX_D_0_6),
   .FF_RX_D_0_7(FF_RX_D_0_7),
   .FF_RX_D_0_8(FF_RX_D_0_8),
   .FF_RX_D_0_9(FF_RX_D_0_9),
   .FF_RX_D_0_10(FF_RX_D_0_10),
   .FF_RX_D_0_11(FF_RX_D_0_11),
   .FF_RX_D_0_12(FF_RX_D_0_12),
   .FF_RX_D_0_13(FF_RX_D_0_13),
   .FF_RX_D_0_14(FF_RX_D_0_14),
   .FF_RX_D_0_15(FF_RX_D_0_15),
   .FF_RX_D_0_16(FF_RX_D_0_16),
   .FF_RX_D_0_17(FF_RX_D_0_17),
   .FF_RX_D_0_18(FF_RX_D_0_18),
   .FF_RX_D_0_19(FF_RX_D_0_19),
   .FF_RX_D_0_20(FF_RX_D_0_20),
   .FF_RX_D_0_21(FF_RX_D_0_21),
   .FF_RX_D_0_22(FF_RX_D_0_22),
   .FF_RX_D_0_23(FF_RX_D_0_23),
   .FF_RX_D_1_0(FF_RX_D_1_0),
   .FF_RX_D_1_1(FF_RX_D_1_1),
   .FF_RX_D_1_2(FF_RX_D_1_2),
   .FF_RX_D_1_3(FF_RX_D_1_3),
   .FF_RX_D_1_4(FF_RX_D_1_4),
   .FF_RX_D_1_5(FF_RX_D_1_5),
   .FF_RX_D_1_6(FF_RX_D_1_6),
   .FF_RX_D_1_7(FF_RX_D_1_7),
   .FF_RX_D_1_8(FF_RX_D_1_8),
   .FF_RX_D_1_9(FF_RX_D_1_9),
   .FF_RX_D_1_10(FF_RX_D_1_10),
   .FF_RX_D_1_11(FF_RX_D_1_11),
   .FF_RX_D_1_12(FF_RX_D_1_12),
   .FF_RX_D_1_13(FF_RX_D_1_13),
   .FF_RX_D_1_14(FF_RX_D_1_14),
   .FF_RX_D_1_15(FF_RX_D_1_15),
   .FF_RX_D_1_16(FF_RX_D_1_16),
   .FF_RX_D_1_17(FF_RX_D_1_17),
   .FF_RX_D_1_18(FF_RX_D_1_18),
   .FF_RX_D_1_19(FF_RX_D_1_19),
   .FF_RX_D_1_20(FF_RX_D_1_20),
   .FF_RX_D_1_21(FF_RX_D_1_21),
   .FF_RX_D_1_22(FF_RX_D_1_22),
   .FF_RX_D_1_23(FF_RX_D_1_23),
   .FF_RX_D_2_0(FF_RX_D_2_0),
   .FF_RX_D_2_1(FF_RX_D_2_1),
   .FF_RX_D_2_2(FF_RX_D_2_2),
   .FF_RX_D_2_3(FF_RX_D_2_3),
   .FF_RX_D_2_4(FF_RX_D_2_4),
   .FF_RX_D_2_5(FF_RX_D_2_5),
   .FF_RX_D_2_6(FF_RX_D_2_6),
   .FF_RX_D_2_7(FF_RX_D_2_7),
   .FF_RX_D_2_8(FF_RX_D_2_8),
   .FF_RX_D_2_9(FF_RX_D_2_9),
   .FF_RX_D_2_10(FF_RX_D_2_10),
   .FF_RX_D_2_11(FF_RX_D_2_11),
   .FF_RX_D_2_12(FF_RX_D_2_12),
   .FF_RX_D_2_13(FF_RX_D_2_13),
   .FF_RX_D_2_14(FF_RX_D_2_14),
   .FF_RX_D_2_15(FF_RX_D_2_15),
   .FF_RX_D_2_16(FF_RX_D_2_16),
   .FF_RX_D_2_17(FF_RX_D_2_17),
   .FF_RX_D_2_18(FF_RX_D_2_18),
   .FF_RX_D_2_19(FF_RX_D_2_19),
   .FF_RX_D_2_20(FF_RX_D_2_20),
   .FF_RX_D_2_21(FF_RX_D_2_21),
   .FF_RX_D_2_22(FF_RX_D_2_22),
   .FF_RX_D_2_23(FF_RX_D_2_23),
   .FF_RX_D_3_0(FF_RX_D_3_0),
   .FF_RX_D_3_1(FF_RX_D_3_1),
   .FF_RX_D_3_2(FF_RX_D_3_2),
   .FF_RX_D_3_3(FF_RX_D_3_3),
   .FF_RX_D_3_4(FF_RX_D_3_4),
   .FF_RX_D_3_5(FF_RX_D_3_5),
   .FF_RX_D_3_6(FF_RX_D_3_6),
   .FF_RX_D_3_7(FF_RX_D_3_7),
   .FF_RX_D_3_8(FF_RX_D_3_8),
   .FF_RX_D_3_9(FF_RX_D_3_9),
   .FF_RX_D_3_10(FF_RX_D_3_10),
   .FF_RX_D_3_11(FF_RX_D_3_11),
   .FF_RX_D_3_12(FF_RX_D_3_12),
   .FF_RX_D_3_13(FF_RX_D_3_13),
   .FF_RX_D_3_14(FF_RX_D_3_14),
   .FF_RX_D_3_15(FF_RX_D_3_15),
   .FF_RX_D_3_16(FF_RX_D_3_16),
   .FF_RX_D_3_17(FF_RX_D_3_17),
   .FF_RX_D_3_18(FF_RX_D_3_18),
   .FF_RX_D_3_19(FF_RX_D_3_19),
   .FF_RX_D_3_20(FF_RX_D_3_20),
   .FF_RX_D_3_21(FF_RX_D_3_21),
   .FF_RX_D_3_22(FF_RX_D_3_22),
   .FF_RX_D_3_23(FF_RX_D_3_23),
   .FF_RX_F_CLK_0(FF_RX_F_CLK_0),
   .FF_RX_F_CLK_1(FF_RX_F_CLK_1),
   .FF_RX_F_CLK_2(FF_RX_F_CLK_2),
   .FF_RX_F_CLK_3(FF_RX_F_CLK_3),
   .FF_RX_H_CLK_0(FF_RX_H_CLK_0),
   .FF_RX_H_CLK_1(FF_RX_H_CLK_1),
   .FF_RX_H_CLK_2(FF_RX_H_CLK_2),
   .FF_RX_H_CLK_3(FF_RX_H_CLK_3),
   .FF_TX_F_CLK_0(FF_TX_F_CLK_0),
   .FF_TX_F_CLK_1(FF_TX_F_CLK_1),
   .FF_TX_F_CLK_2(FF_TX_F_CLK_2),
   .FF_TX_F_CLK_3(FF_TX_F_CLK_3),
   .FF_TX_H_CLK_0(FF_TX_H_CLK_0),
   .FF_TX_H_CLK_1(FF_TX_H_CLK_1),
   .FF_TX_H_CLK_2(FF_TX_H_CLK_2),
   .FF_TX_H_CLK_3(FF_TX_H_CLK_3),
   .FFS_CC_OVERRUN_0(FFS_CC_OVERRUN_0),
   .FFS_CC_OVERRUN_1(FFS_CC_OVERRUN_1),
   .FFS_CC_OVERRUN_2(FFS_CC_OVERRUN_2),
   .FFS_CC_OVERRUN_3(FFS_CC_OVERRUN_3),
   .FFS_CC_UNDERRUN_0(FFS_CC_UNDERRUN_0),
   .FFS_CC_UNDERRUN_1(FFS_CC_UNDERRUN_1),
   .FFS_CC_UNDERRUN_2(FFS_CC_UNDERRUN_2),
   .FFS_CC_UNDERRUN_3(FFS_CC_UNDERRUN_3),
   .FFS_LS_SYNC_STATUS_0(FFS_LS_SYNC_STATUS_0),
   .FFS_LS_SYNC_STATUS_1(FFS_LS_SYNC_STATUS_1),
   .FFS_LS_SYNC_STATUS_2(FFS_LS_SYNC_STATUS_2),
   .FFS_LS_SYNC_STATUS_3(FFS_LS_SYNC_STATUS_3),
   .FFS_CDR_TRAIN_DONE_0(FFS_CDR_TRAIN_DONE_0),
   .FFS_CDR_TRAIN_DONE_1(FFS_CDR_TRAIN_DONE_1),
   .FFS_CDR_TRAIN_DONE_2(FFS_CDR_TRAIN_DONE_2),
   .FFS_CDR_TRAIN_DONE_3(FFS_CDR_TRAIN_DONE_3),
   .FFS_PCIE_CON_0(FFS_PCIE_CON_0),
   .FFS_PCIE_CON_1(FFS_PCIE_CON_1),
   .FFS_PCIE_CON_2(FFS_PCIE_CON_2),
   .FFS_PCIE_CON_3(FFS_PCIE_CON_3),
   .FFS_PCIE_DONE_0(FFS_PCIE_DONE_0),
   .FFS_PCIE_DONE_1(FFS_PCIE_DONE_1),
   .FFS_PCIE_DONE_2(FFS_PCIE_DONE_2),
   .FFS_PCIE_DONE_3(FFS_PCIE_DONE_3),
   .FFS_PLOL(FFS_PLOL),
   .FFS_RLOL_0(FFS_RLOL_0),
   .FFS_RLOL_1(FFS_RLOL_1),
   .FFS_RLOL_2(FFS_RLOL_2),
   .FFS_RLOL_3(FFS_RLOL_3),
   .FFS_RLOS_HI_0(FFS_RLOS_HI_0),
   .FFS_RLOS_HI_1(FFS_RLOS_HI_1),
   .FFS_RLOS_HI_2(FFS_RLOS_HI_2),
   .FFS_RLOS_HI_3(FFS_RLOS_HI_3),
   .FFS_RLOS_LO_0(FFS_RLOS_LO_0),
   .FFS_RLOS_LO_1(FFS_RLOS_LO_1),
   .FFS_RLOS_LO_2(FFS_RLOS_LO_2),
   .FFS_RLOS_LO_3(FFS_RLOS_LO_3),
   .FFS_RXFBFIFO_ERROR_0(FFS_RXFBFIFO_ERROR_0),
   .FFS_RXFBFIFO_ERROR_1(FFS_RXFBFIFO_ERROR_1),
   .FFS_RXFBFIFO_ERROR_2(FFS_RXFBFIFO_ERROR_2),
   .FFS_RXFBFIFO_ERROR_3(FFS_RXFBFIFO_ERROR_3),
   .FFS_TXFBFIFO_ERROR_0(FFS_TXFBFIFO_ERROR_0),
   .FFS_TXFBFIFO_ERROR_1(FFS_TXFBFIFO_ERROR_1),
   .FFS_TXFBFIFO_ERROR_2(FFS_TXFBFIFO_ERROR_2),
   .FFS_TXFBFIFO_ERROR_3(FFS_TXFBFIFO_ERROR_3),
   .PCIE_PHYSTATUS_0(PCIE_PHYSTATUS_0),
   .PCIE_PHYSTATUS_1(PCIE_PHYSTATUS_1),
   .PCIE_PHYSTATUS_2(PCIE_PHYSTATUS_2),
   .PCIE_PHYSTATUS_3(PCIE_PHYSTATUS_3),
   .PCIE_RXVALID_0(PCIE_RXVALID_0),
   .PCIE_RXVALID_1(PCIE_RXVALID_1),
   .PCIE_RXVALID_2(PCIE_RXVALID_2),
   .PCIE_RXVALID_3(PCIE_RXVALID_3),
   .FFS_SKP_ADDED_0(FFS_SKP_ADDED_0),
   .FFS_SKP_ADDED_1(FFS_SKP_ADDED_1),
   .FFS_SKP_ADDED_2(FFS_SKP_ADDED_2),
   .FFS_SKP_ADDED_3(FFS_SKP_ADDED_3),
   .FFS_SKP_DELETED_0(FFS_SKP_DELETED_0),
   .FFS_SKP_DELETED_1(FFS_SKP_DELETED_1),
   .FFS_SKP_DELETED_2(FFS_SKP_DELETED_2),
   .FFS_SKP_DELETED_3(FFS_SKP_DELETED_3),
   .LDR_RX2CORE_0(LDR_RX2CORE_0),
   .LDR_RX2CORE_1(LDR_RX2CORE_1),
   .LDR_RX2CORE_2(LDR_RX2CORE_2),
   .LDR_RX2CORE_3(LDR_RX2CORE_3),
   .REFCK2CORE(REFCK2CORE),
   .SCIINT(SCIINT),
   .SCIRDATA0(SCIRDATA0),
   .SCIRDATA1(SCIRDATA1),
   .SCIRDATA2(SCIRDATA2),
   .SCIRDATA3(SCIRDATA3),
   .SCIRDATA4(SCIRDATA4),
   .SCIRDATA5(SCIRDATA5),
   .SCIRDATA6(SCIRDATA6),
   .SCIRDATA7(SCIRDATA7),
   .REFCLK_FROM_NQ(REFCLK_FROM_NQ),
   .REFCLK_TO_NQ(REFCLK_TO_NQ)
    );

//synopsys translate_on
endmodule